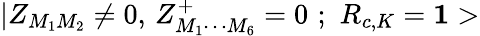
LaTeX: |Z_{M_{1}M_{2}}\neq 0,\, Z_{M_{1}\cdots M_{6}}^{+}=0\, \, ;\, \, R_{c,K}={\mathbf 1>}